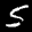
Digit: 5